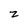
Character: z